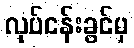
လုပ်ငန်းခွင်မှ